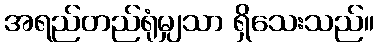
အရည်တည်ရုံမျှသာ ရှိသေးသည်။